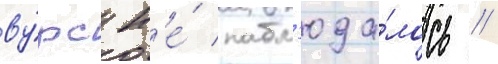
ву́рс н'е́ набл'юда́лось //